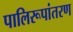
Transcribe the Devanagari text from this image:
पालिरूपांतरण